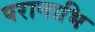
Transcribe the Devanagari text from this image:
परानाभि